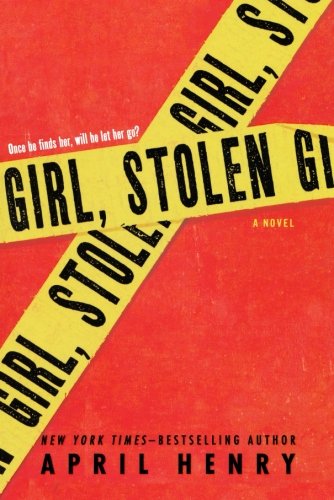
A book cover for Girl, Stolen; April Henry; Teen & Young Adult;